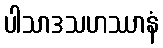
ပါသာဒသဟဿာနံ